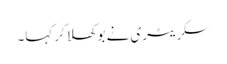
سکریٹری نے بوکھلا کر کہا۔